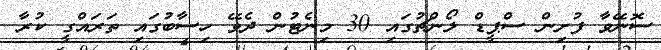
ސޮނޭވާ ފުށިން ސްޕީޑް ލޯންޗުގައި 30 މިނެޓުން ދެވޭ ހިސާބުގައި ތަރައްގީ ކުރާ